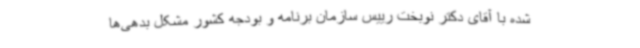
شده با آقای دکتر نوبخت رییس سازمان برنامه و بودجه کشور مشکل بدهی‌ها